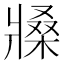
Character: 𤖒